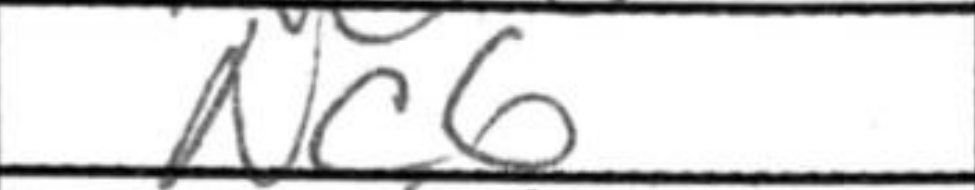
Transcription: Nc6